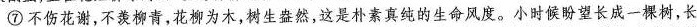
⑦ 不伤花谢，不羡柳青，花柳为木，树生盎然，这是朴素真纯的生命风度。小时候盼望长成一棵树，长